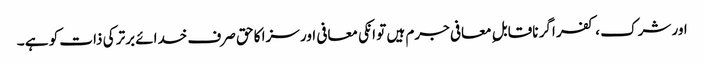
اور شرک ، کفر اگر ناقابل ِ معافی جرم ہیں تو انکی معافی اور سزا کا حق صرف خدائے برتر کی ذات کو ہے ۔